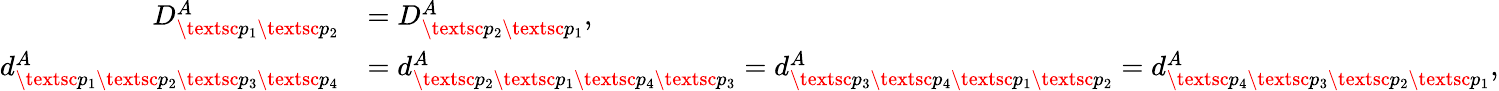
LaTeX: \begin{array}{rl}{D_{\textsc{p}_{1}\textsc{p}_{2}}^{A}}&{=D_{\textsc{p}_{2}\textsc{p}_{1}}^{A},}\\ {d_{\textsc{p}_{1}\textsc{p}_{2}\textsc{p}_{3}\textsc{p}_{4}}^{A}}&{=d_{\textsc{p}_{2}\textsc{p}_{1}\textsc{p}_{4}\textsc{p}_{3}}^{A}=d_{\textsc{p}_{3}\textsc{p}_{4}\textsc{p}_{1}\textsc{p}_{2}}^{A}=d_{\textsc{p}_{4}\textsc{p}_{3}\textsc{p}_{2}\textsc{p}_{1}}^{A},}\end{array}